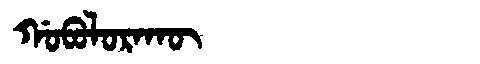
Manchu: ᡤᠣᠪᠣᠯᠣᡵᠠᡴᡡ
Romanization: GOBOLORAKŪ